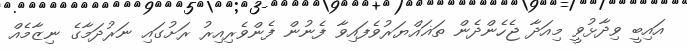
އައިބީ ވިދާޅުވީ މިއަދާ ޖެހެންދެން ތަޣައްޔަރުވެފައިވާ ފެނުން ފެންވެރިއިރު ރަށުގައި ނަރުދަމާގެ ނިޒާމެއް